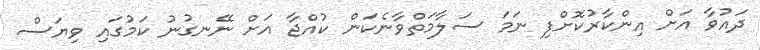
ދައުވާ އަށް އިންކާރުކޮށްފި ނަމަ ސަލާމަތްވާނެކަން ކުއްޖާ އަށް ނޭނގުނު ކަމުގައި ވިޔަސް